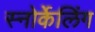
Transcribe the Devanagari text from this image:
स्नोर्केलिंग